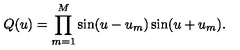
Q ( u ) = \prod _ { m = 1 } ^ { M } \sin ( u - u _ { m } ) \sin ( u + u _ { m } ) . \nonumber